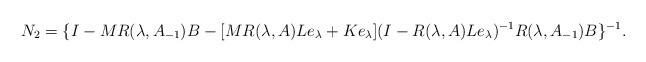
LaTeX: \begin{align*} N_2=\{I-MR(\lambda,A_{-1})B-[MR(\lambda,A)Le_\lambda+Ke_\lambda](I-R(\lambda,A)Le_\lambda)^{-1}R(\lambda,A_{-1})B\}^{-1}.\end{align*}